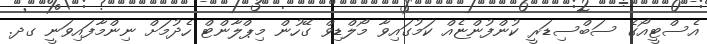
އެސްޓީއޯގެ ސަބްސިޑަރީ ކުންފުންޏެއް ކަމުގައިވާ މޯލްޑިވް ގޭހުން މިޕްލާންޓް ހެދުމަށް ނިންމާފައިވަނީ ގދ.